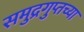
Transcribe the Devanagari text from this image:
समुद्रगुप्तच्या